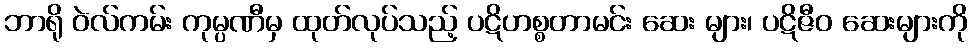
ဘာရို ဝဲလ်ကမ်း ကုမ္ပဏီမှ ထုတ်လုပ်သည့် ပဋိဟစ္စတာမင်း ဆေး များ၊ ပဋိဇီဝ ဆေးများကို